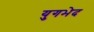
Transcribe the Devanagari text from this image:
युगभेद